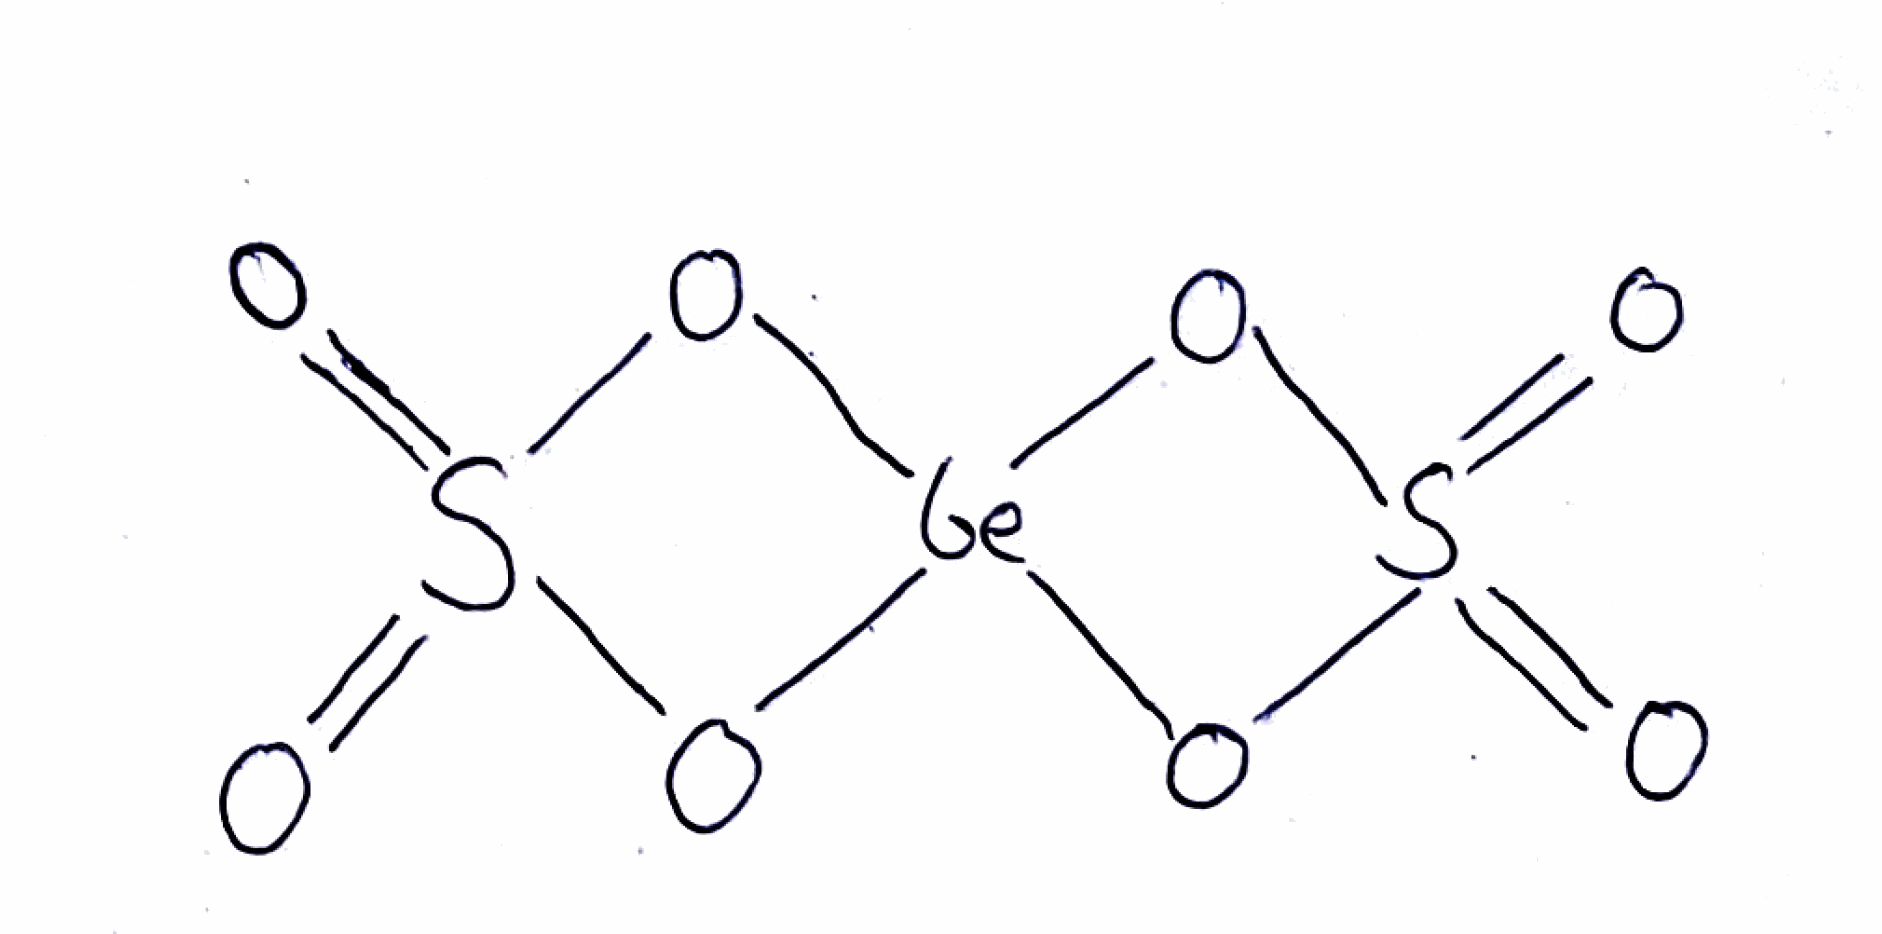
Simplified molecular-input line-entry system (SMILES) notation of the given molecule:
O=S1(=O)O[Ge]2(O1)OS(=O)(=O)O2